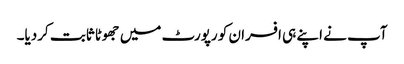
آپ نے اپنے ہی افسران کو رپورٹ میں جھوٹا ثابت کردیا۔